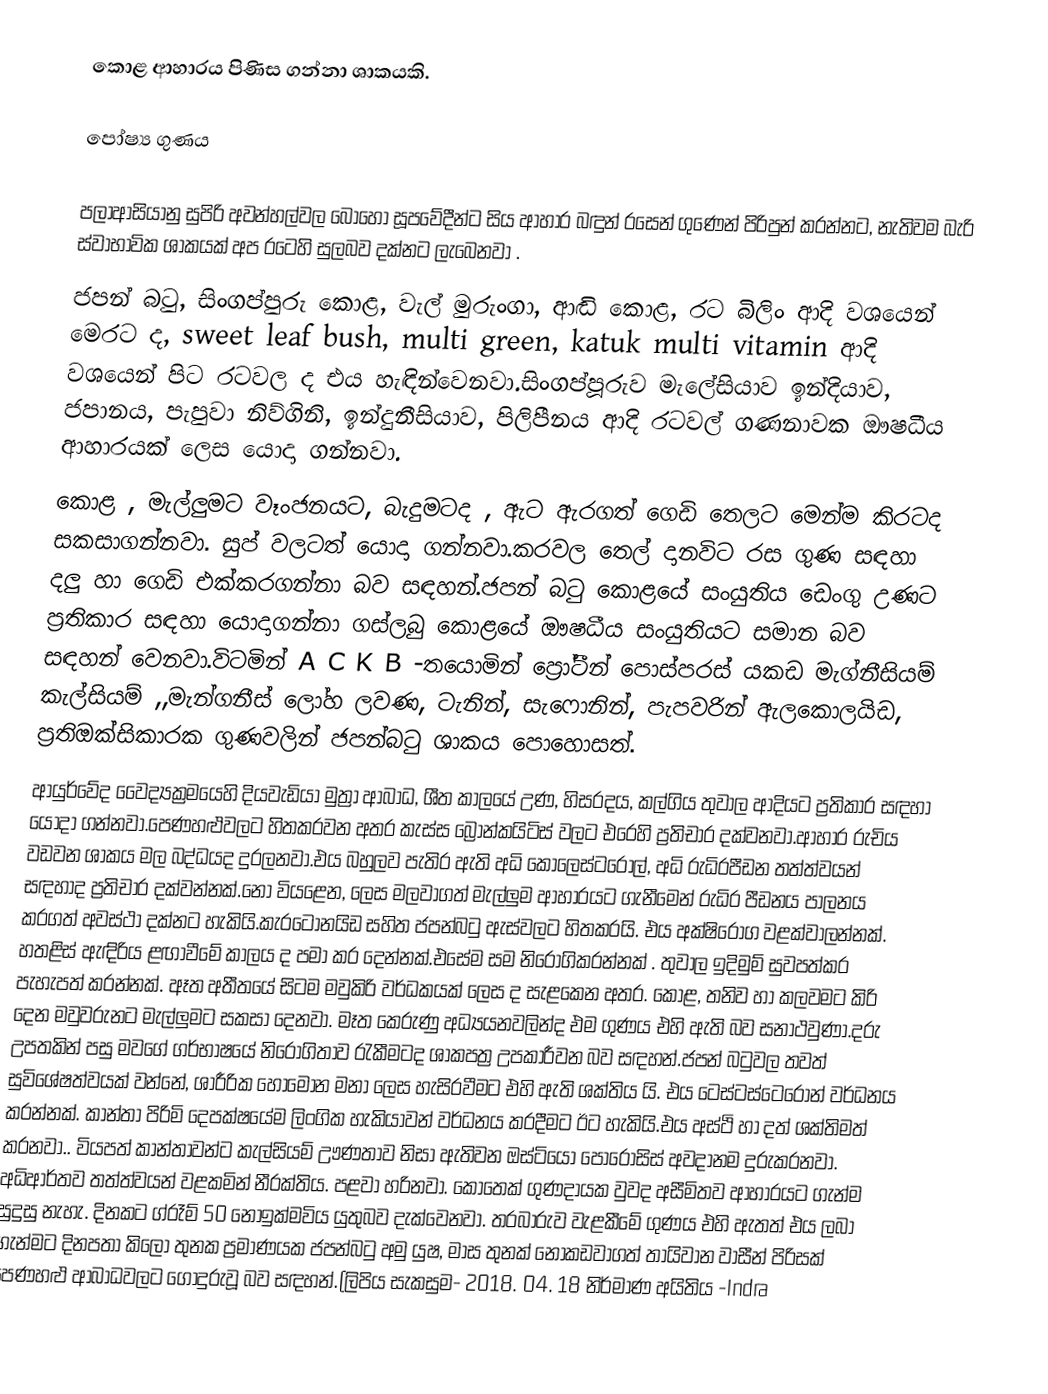
කොළ ආහාරය පිණිස ගන්නා ශාකයකි.

පෝෂ්‍ය ගුණය

පලාආසියානු සුපිරි අවන්හල්වල බොහෝ සූපවේදීන්ට සිය ආහාර බඳුන් රසෙන් ගුණෙන් පිරිපුන් කරන්නට, නැතිවම බැරි ස්වාභාවික ශාකයක් අප රටෙහි සුලබව දක්නට ලැබෙනවා .
ජපන් බටු, සිංගප්පුරු කොළ, වැල් මුරුංගා, ආඬි කොළ, රට බිලිං ආදි වශයෙන් මෙරට ද, sweet leaf bush, multi green, katuk multi vitamin ආදි වශයෙන් පිට රටවල ද එය හැඳින්වෙනවා.සිංගප්පූරුව මැලේසියාව ඉන්දියාව, ජපානය, පැපුවා නිව්ගිනි, ඉන්දුනීසියාව, පිලිපීනය ආදි රටවල් ගණනාවක ඖෂධීය ආහාරයක් ලෙස යොදා ගන්නවා.
කොළ , මැල්ලුමට වෑංජනයට, බැදුමටද , ඇට ඇරගත් ගෙඩි තෙලට මෙන්ම කිරටද සකසාගන්නවා. සුප් වලටත් යොදා ගන්නවා.කරවල තෙල් දානවිට රස ගුණ සඳහා දලු හා ගෙඩි එක්කරගන්නා බව සඳහන්.ජපන් බටු කොළයේ සංයුතිය ඩෙංගු උණට ප්‍රතිකාර සඳහා යොදාගන්නා ගස්ලබු කොළයේ ඖෂධීය සංයුතියට සමාන බව සඳහන් වෙනවා.විටමින් A C K B -තයොමින් ප්‍රෝටීන් පොස්පරස් යකඩ මැග්නීසියම් කැල්සියම් ,,මැන්ගනීස් ලෝහ ලවණ, ටැනින්, සැෆොනින්, පැපවරින් ඇලකොලයිඩ, ප්‍රතිඔක්සිකාරක ගුණවලින් ජපන්බටු ශාකය පොහොසත්.
ආයුර්වේද වෛද්‍යක්‍රමයෙහි දියවැඩියා මුත්‍රා ආබාධ, ශීත කාලයේ උණ, හිසරදය, කල්ගිය තුවාල ආදියට ප්‍රතිකාර සඳහා යොදා ගන්නවා.පෙණහළුවලට හිතකරවන අතර කැස්ස බ්‍රොන්කයිටිස් වලට එරෙහි ප්‍රතිචාර දක්වනවා.ආහාර රුචිය වඩවන ශාකය මල බද්ධයද දුරලනවා.එය බහුලව පැතිර ඇති අධි කොලෙස්ටරෝල්, අධි රුධිරපීඩන තත්ත්වයන් සඳහාද ප්‍රතිචාර දක්වන්නක්.නො වියළෙන, ලෙස මලවාගත් මැල්ලුම ආහාරයට ගැනීමෙන් රුධිර පීඩනය පාලනය කරගත් අවස්ථා දක්නට හැකියි.කැරටොනයිඩ සහිත ජපන්බටු ඇස්වලට හිතකරයි. එය අක්ෂිරෝග වළක්වාලන්නක්. හතළිස් ඇඳිරිය ළඟාවීමේ කාලය ද පමා කර දෙන්නක්.එසේම සම නිරෝගිකරන්නක් . තුවාල ඉදිමුම් සුවපත්කර පැහැපත් කරන්නක්. ඈත අතීතයේ සිටම මවුකිරි වර්ධකයක් ලෙස ද සැළකෙන අතර. කොළ, තනිව හා කලවමට කිරි දෙන මවුවරුනට මැල්ලුමට සකසා දෙනවා. මෑත කෙරුණු අධ්‍යයනවලින්ද එම ගුණය එහි ඇති බව සනාථවුණා.දරු උපතකින් පසු මවගේ ගර්භාෂයේ නිරෝගිතාව රැකීමටද ශාකපත්‍ර උපකාරීවන බව සඳහන්.ජපන් බටුවල තවත් සුවිශේෂත්වයක් වන්නේ, ශාරීරික හෝමෝන මනා ලෙස හැසිරවීමට එහි ඇති ශක්තිය යි. එය ටෙස්ටස්ටෙරොන් වර්ධනය කරන්නක්. කාන්තා පිරිමි දෙපක්ෂයේම ලිංගික හැකියාවන් වර්ධනය කරදීමට ඊට හැකියි.එය අස්ථි හා දත් ශක්තිමත් කරනවා.. වියපත් කාන්තාවන්ට කැල්සියම් ඌණතාව නිසා ඇතිවන ඔස්ටියෝ පොරෝසිස් අවදානම දුරුකරනවා. අධිආර්තව තත්ත්වයන් වළකමින් නීරක්තිය. පළවා හරිනවා. කොතෙක් ගුණදායක වුවද අසීමිතව ආහාරයට ගැන්ම සුදුසු නැහැ. දිනකට ග්රෑම් 50 නොඉක්මවිය යුතුබව දැක්වෙනවා. තරබාරුව වැළකීමේ ගුණය එහි ඇතත් එය ලබා ගැන්මට දිනපතා කිලෝ තුනක ප්‍රමාණයක ජපන්බටු අමු යුෂ, මාස තුනක් නොකඩවාගත්‍ තායිවාන වාසීන් පිරිසක් පෙණහළු ආබාධවලට ගොදුරුවූ බව සඳහන්.(ලිපිය සැකසුම- 2018. 04. 18 නිර්මාණ අයිතිය -Indra